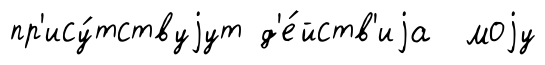
пр'ису́тствуjут д'е́йств'иjа моjу